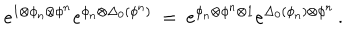
LaTeX: e ^ { 1 \otimes \phi _ { n } \otimes \phi ^ { n } } e ^ { \phi _ { n } \otimes \Delta _ { 0 } ( \phi ^ { n } ) } \ = \ e ^ { \phi _ { n } \otimes \phi ^ { n } \otimes 1 } e ^ { \Delta _ { 0 } ( \phi _ { n } ) \otimes \phi ^ { n } } \, .